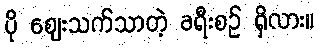
ပို ဈေးသက်သာတဲ့ ခရီးစဉ် ရှိလား။